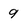
Character: 9